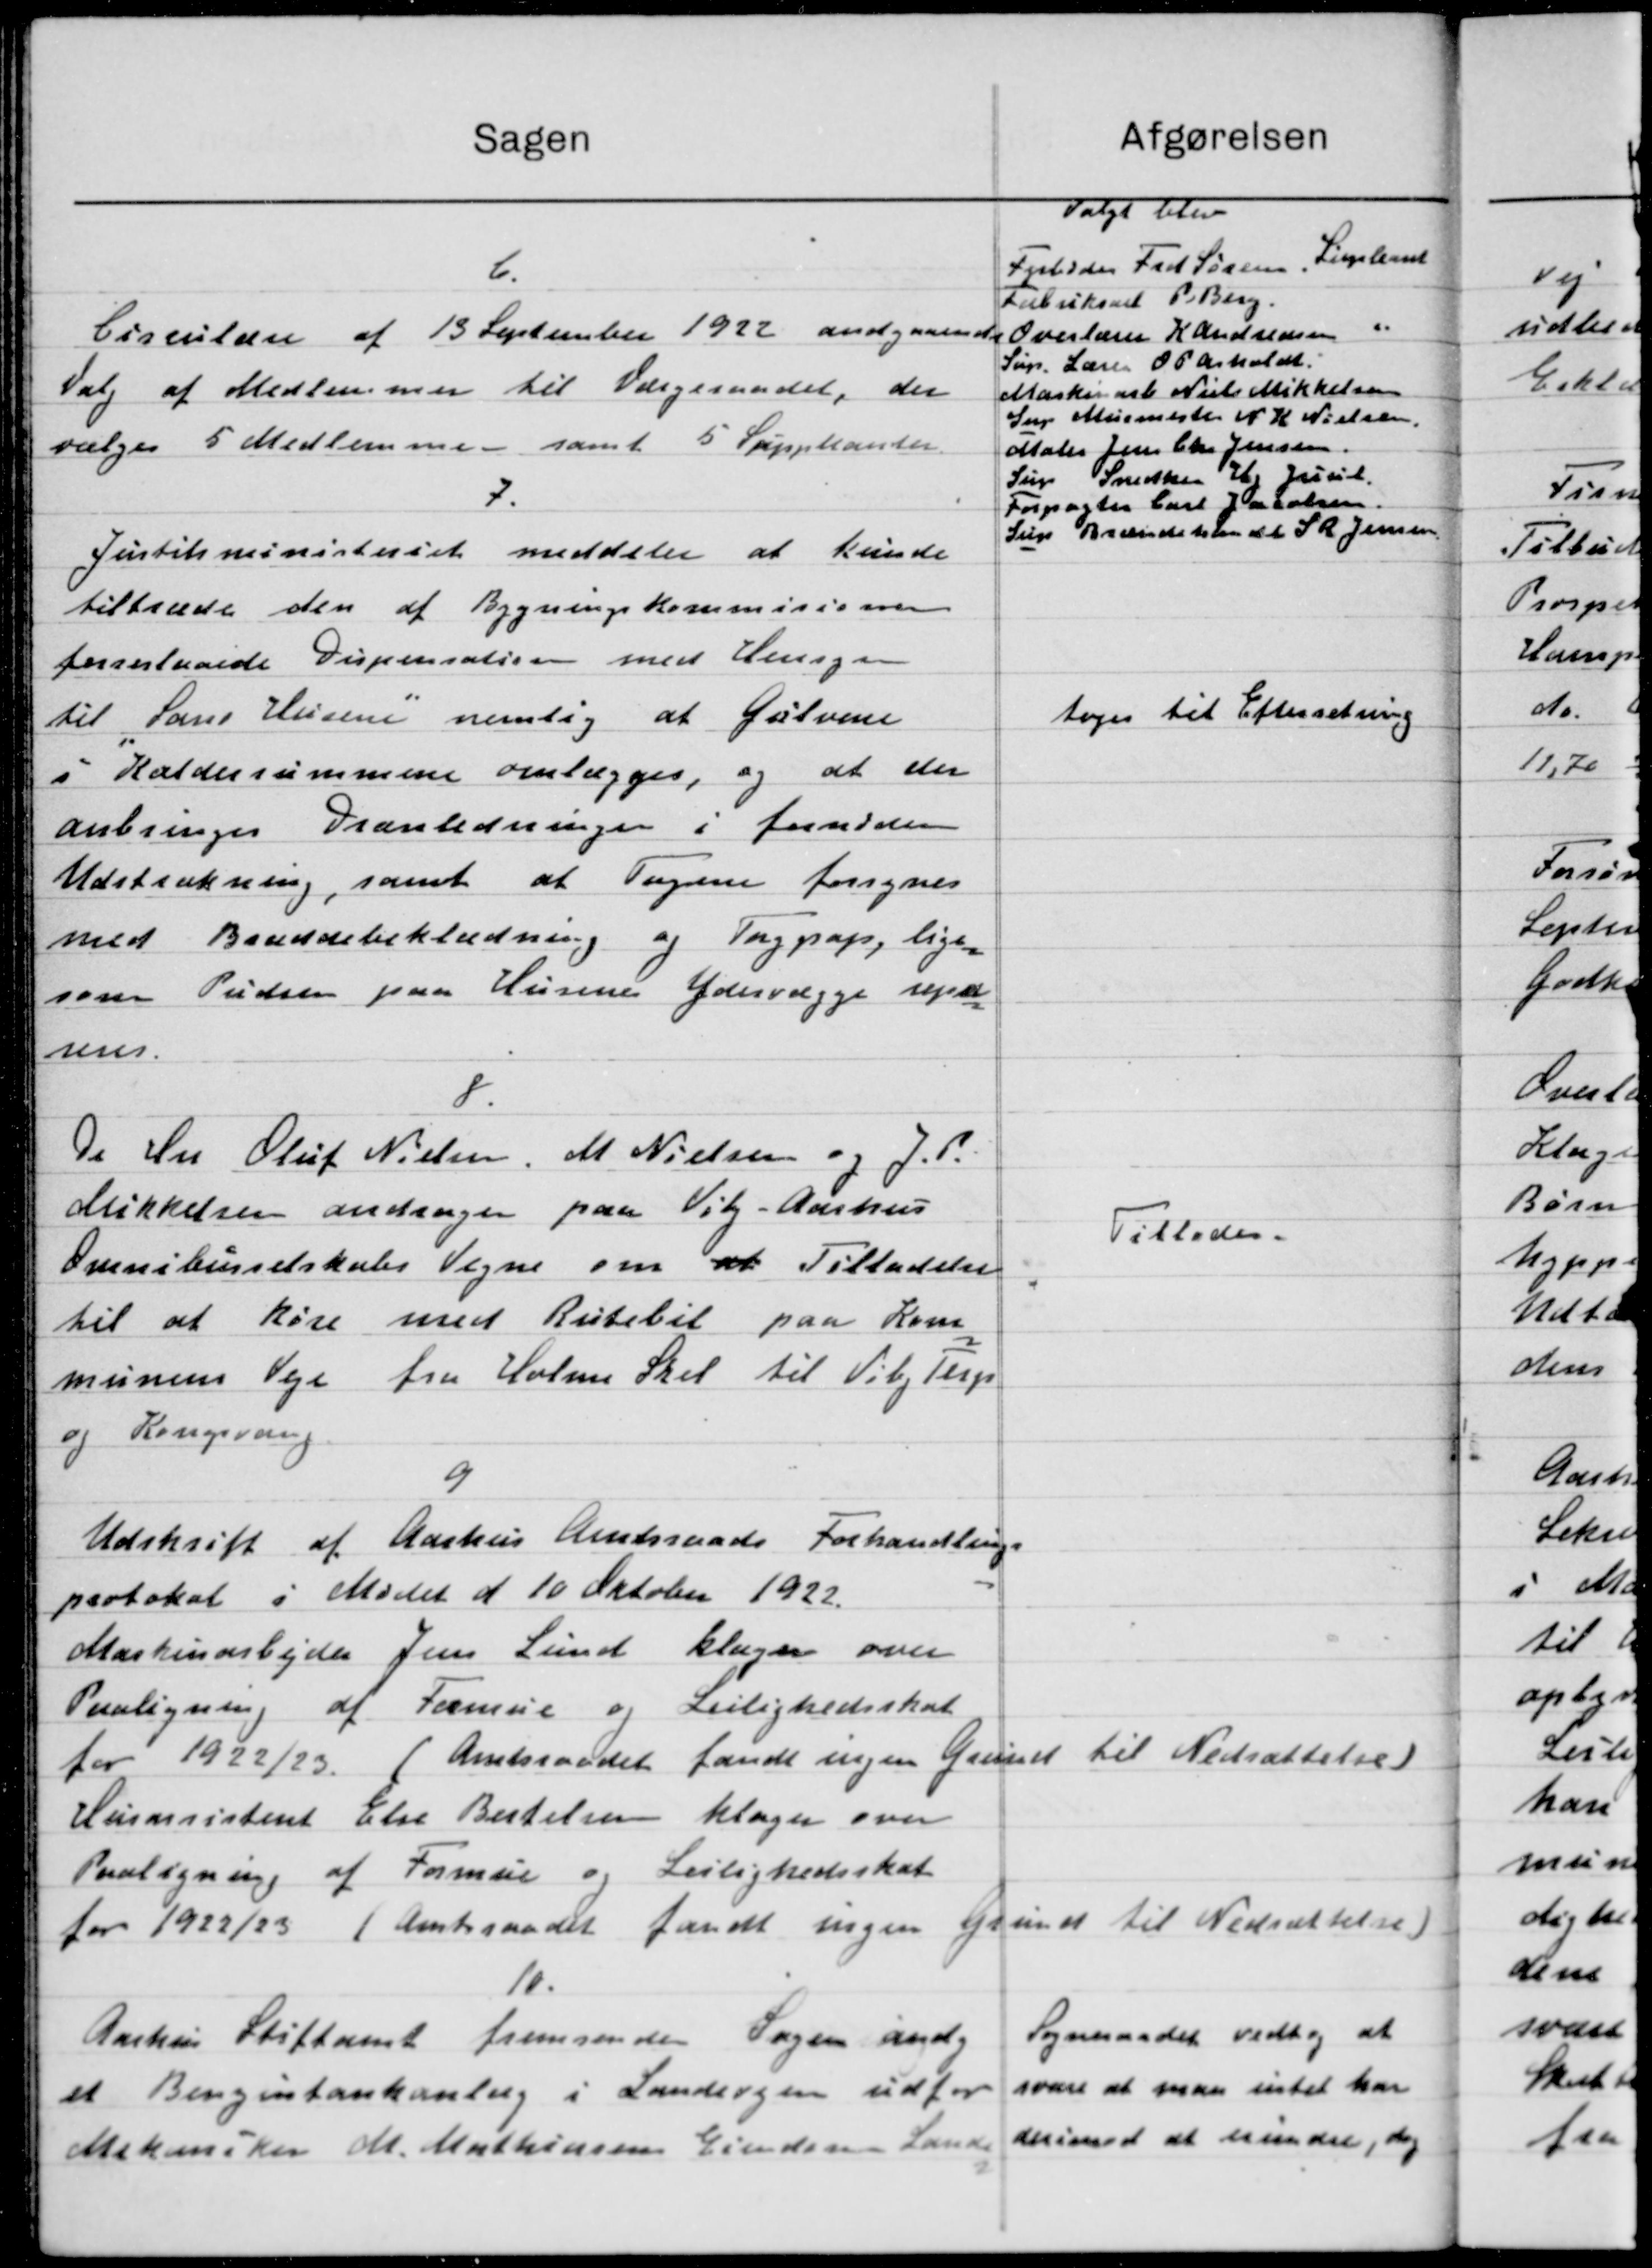
Transskription:
Afgørelsen
Sagen
Valgt blev
Frabeder Frd Sørens, Supleant
6.
Fabriksnet P. Berg.
"
Cirkulære af 13 September 1922 andgaaende
Overlærer K Andreasen
Søn. Lærer 08 erholdt.
Valg af Medlemmer til Værgeraadet, der
Maskinarb Niels Mikkelsen
Sng Murmeste N. K. Nielsen
vælges 5 Medlemme - samt 5 Suppleanter
Maler Jens Chr. Jensen.
Sun Snedker H. Juil
7.
Forpagter Carl Jacobsen
Sup Brændstilen at Sk. Jensen,
Justitsministeriet meddeler at kunde
tiltræde den af Bygningskommisionen
forreslaaede Dispensation med Hensyn
toges til Efterretning
til Sans Husene nemlig at Gulvene
i Kælderrummene omlægges, og at der
anbringes Trænledninger i fornøden
Udstrækning, samt at Tagene forsynes
med Brandsbeklædning og Taggap, lige
som Pudsen paa Husene Ydervægge rejste
nus.
8.
De Hr Oluf Nielsen, M. Nielsen og J. P.
Mikkelsen andrager paa Vig-Aarhus
Tillades.
Ovenskurselskabs Vegne om at Tilladelse
til at køre med Rutebil paa Kom
munens Veje fra Holme Skel til Viby Terp
og Kongsvang
9
Udskrift af Aarhus Amtsraads Forhandlings
protokol i Mødet d 10 Oktober 1922.
Maskinarbejder Jens Lund klager over
Paaligning af Formue og Leilighedsskat
for 1922/23 (Amtsraadet fandt ingen Grund til Nedsættelse)
Husassistent Else Bestelsen klager over
Paaligning af Formue og Leilighedsskat
for 1922/23 i Amtsraadet fandt ingen Grund til Nedsættelse)
10.
Sogneraadet vedtog at
Aarhus Stiftamt fremsender Sagen andr
svare at man intet har
et Benzintankanlæg i Landsvejen udfor
Mekaniker M. Mathiasen Ejendsen Lande derimod at kunder, dog